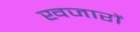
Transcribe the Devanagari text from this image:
खजारों